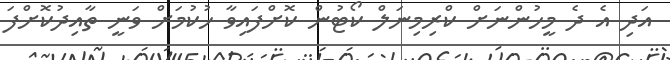
އަދި އެ ދެ މީހުންނަށް ކްރިމިނަލް ކޯޓުން ކޮށްފައިވާ ހުކުމަށް ވަނީ ތާއިދުކޮށްފަ